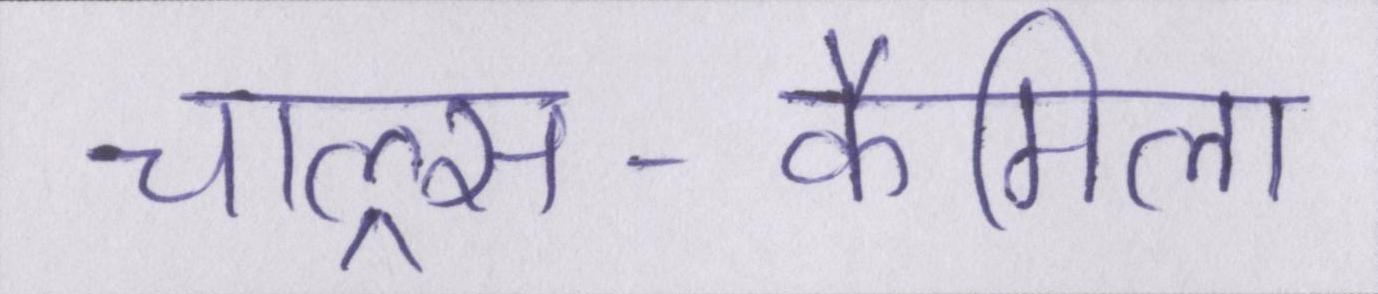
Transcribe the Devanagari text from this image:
चाल्र्स-कैमिला